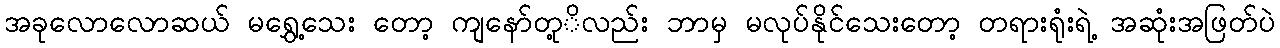
အခုလောလောဆယ် မရွှေ့သေး တော့ ကျနော်တု့ိလည်း ဘာမှ မလုပ်နိုင်သေးတော့ တရားရုံးရဲ့ အဆုံးအဖြတ်ပဲ